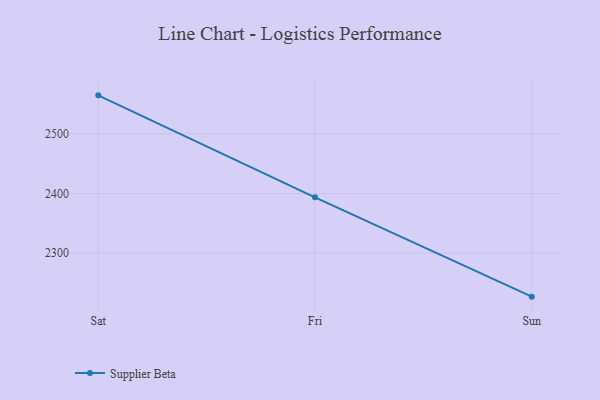
{"axis": {"x": "Day", "y": "Gross Profit (USD K)"}, "legend": ["Supplier Beta"], "data": [{"x": "Sat", "y": 2564.6, "type": "Supplier Beta"}, {"x": "Fri", "y": 2393.5, "type": "Supplier Beta"}, {"x": "Sun", "y": 2227.0, "type": "Supplier Beta"}]}